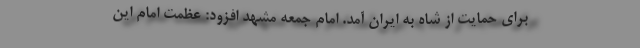
برای حمایت از شاه به ایران آمد. امام جمعه مشهد افزود: عظمت امام این